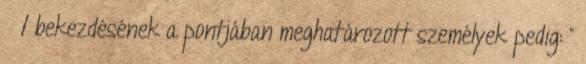
§ 1 bekezdésének a pontjában meghatározott személyek pedig: ”